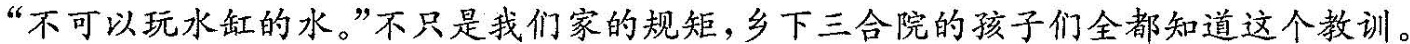
“不可以玩水缸的水。”不只是我们家的规矩，乡下三合院的孩子们全都知道这个教训。